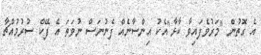
އެ ގޮތުން "މަރުވެފައިވާ ކާޅާ"އެކު އިންސާނެއް ފެނުނަސް ނުވަތަ އެ ފޭކް ސުރުމުއްޗާ